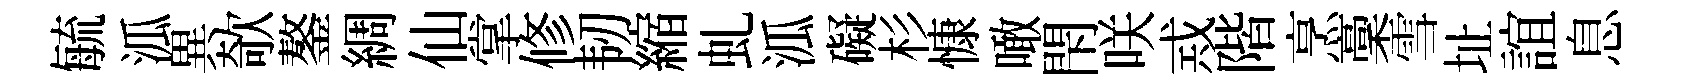
毓泒異欹鏊綢仙掌修韧縮虬泒礙杉慷噉閇咲𢦶階烹稾雪址誼息